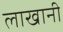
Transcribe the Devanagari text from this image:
लाखानी